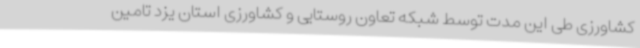
کشاورزی طی این مدت توسط شبکه تعاون روستایی و کشاورزی استان یزد تامین